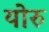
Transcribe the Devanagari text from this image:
योरु